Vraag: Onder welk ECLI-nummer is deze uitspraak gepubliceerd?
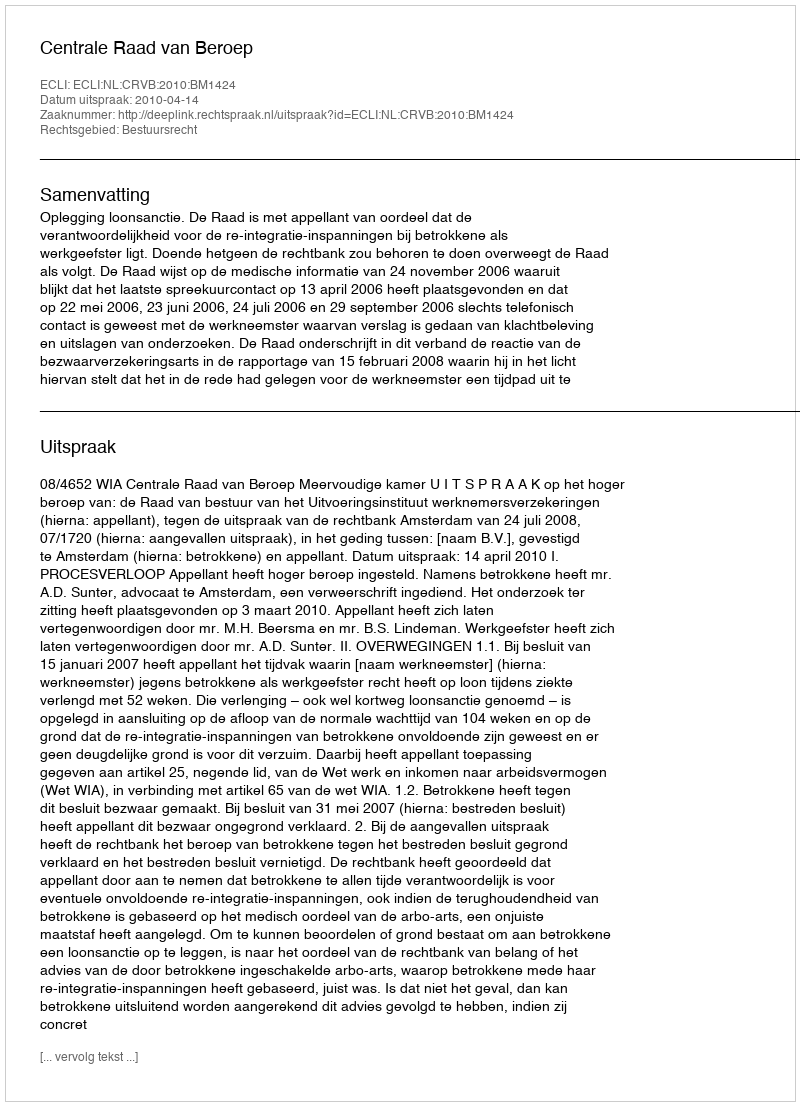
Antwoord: ECLI:NL:CRVB:2010:BM1424